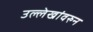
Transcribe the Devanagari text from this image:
उल्लेखांवरुन